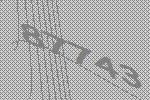
87743